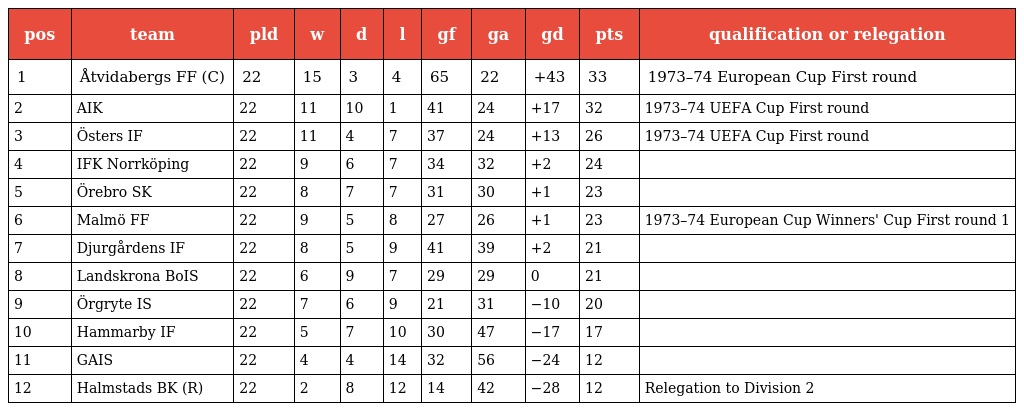
| pos | team | pld | w | d | l | gf | ga | gd | pts | qualification or relegation |
 | --- | --- | --- | --- | --- | --- | --- | --- | --- | --- | --- |
 | 1 | Åtvidabergs FF (C) | 22 | 15 | 3 | 4 | 65 | 22 | +43 | 33 | 1973–74 European Cup First round |
 | 2 | AIK | 22 | 11 | 10 | 1 | 41 | 24 | +17 | 32 | 1973–74 UEFA Cup First round |
 | 3 | Östers IF | 22 | 11 | 4 | 7 | 37 | 24 | +13 | 26 | 1973–74 UEFA Cup First round |
 | 4 | IFK Norrköping | 22 | 9 | 6 | 7 | 34 | 32 | +2 | 24 |  |
 | 5 | Örebro SK | 22 | 8 | 7 | 7 | 31 | 30 | +1 | 23 |  |
 | 6 | Malmö FF | 22 | 9 | 5 | 8 | 27 | 26 | +1 | 23 | 1973–74 European Cup Winners' Cup First round 1 |
 | 7 | Djurgårdens IF | 22 | 8 | 5 | 9 | 41 | 39 | +2 | 21 |  |
 | 8 | Landskrona BoIS | 22 | 6 | 9 | 7 | 29 | 29 | 0 | 21 |  |
 | 9 | Örgryte IS | 22 | 7 | 6 | 9 | 21 | 31 | −10 | 20 |  |
 | 10 | Hammarby IF | 22 | 5 | 7 | 10 | 30 | 47 | −17 | 17 |  |
 | 11 | GAIS | 22 | 4 | 4 | 14 | 32 | 56 | −24 | 12 |  |
 | 12 | Halmstads BK (R) | 22 | 2 | 8 | 12 | 14 | 42 | −28 | 12 | Relegation to Division 2 |